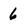
Character: 6